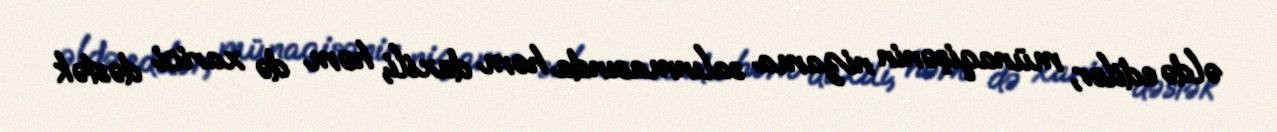
əldə edilər, münaqişənin nizama salınmasında həm daxili, həm də xarici dəstək